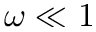
\omega \ll 1